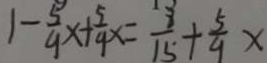
1 - \frac { 5 } { 9 } x + \frac { 5 } { 9 } x = \frac { 8 } { 1 5 } + \frac { 5 } { 9 } x